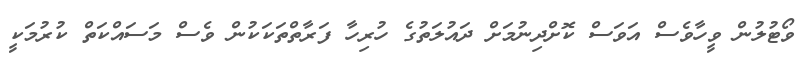
ވޯޓުލުން ވީހާވެސް އަވަސް ކޮށްދިނުމަށް ދައުލަތުގެ ހުރިހާ ފަރާތްތަކަކުން ވެސް މަސައްކަތް ކުރުމަކީ